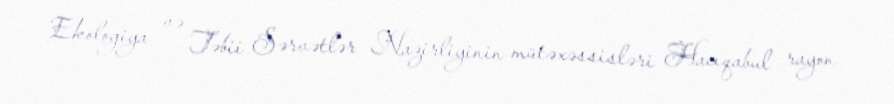
Ekologiya və Təbii Sərvətlər Nazirliyinin mütəxəssisləri Hacıqabul rayon